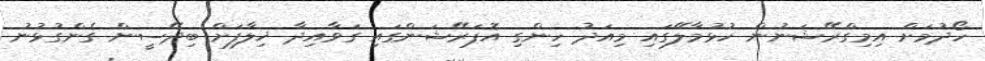
ހޯދުމަށް އިމިގްރޭޝަނުން ހުޅުމާލޭގައި މިއަދު ހިންގި އޮޕަރޭޝަންގައި ގަވާއިދާ ޚިލާފަށް ބިދޭސީން ގެންގުޅުނު